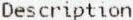
DESCRIPTION